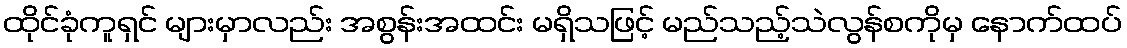
ထိုင်ခုံကူရှင် များမှာလည်း အစွန်းအထင်း မရှိသဖြင့် မည်သည့်သဲလွန်စကိုမှ နောက်ထပ်